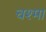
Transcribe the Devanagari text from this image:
चश्‍मा